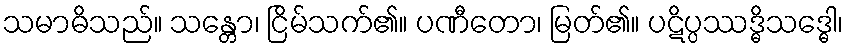
သမာဓိသည်။ သန္တော၊ ငြိမ်သက်၏။ ပဏီတော၊ မြတ်၏။ ပဋိပ္ပဿဒ္ဓိသဒ္ဓေါ၊